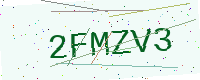
Text: 2FMZV3